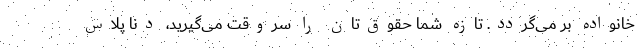
خانواده بر می‌گردد. تازه شما حقوق‌تان را سروقت می‌گیرید، دنا پلاس